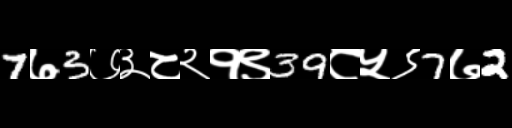
Text: 7७3७३८२१९39८५९7७2